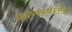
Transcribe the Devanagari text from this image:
फ्रान्सवरील